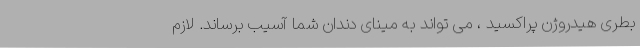
بطری هیدروژن پراکسید ، می تواند به مینای دندان شما آسیب برساند. لازم